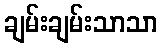
ချမ်းချမ်းသာသာ